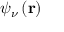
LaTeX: \psi _ { \nu } \left( \mathbf { r } \right)